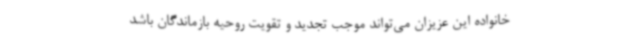
خانواده این عزیزان می‌تواند موجب تجدید و تقویت روحیه بازماندگان باشد